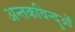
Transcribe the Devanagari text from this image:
अन्तकविन्दुओं